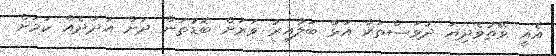
އެއީ ވޭތުވެދިޔަ ދުވަސްތަކާ އަޅާ ބަލާއިރު ވަރަށް ބޮޑުތަން ދަށް އަދަދެއް ކަމަށް